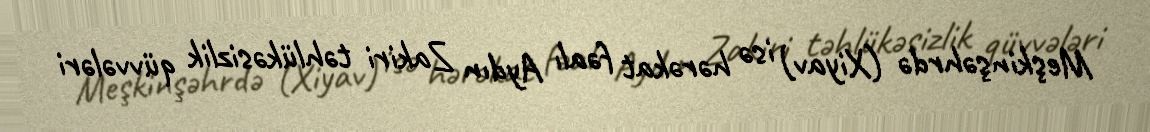
Meşkinşəhrdə (Xiyav) isə hərəkat fəalı Aydın Zakiri təhlükəsizlik qüvvələri